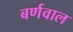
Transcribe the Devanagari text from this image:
बर्णवाल